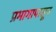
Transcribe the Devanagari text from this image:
प्रभागापासून